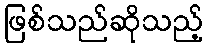
ဖြစ်သည်ဆိုသည့်